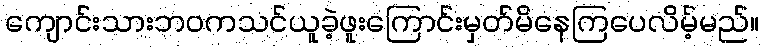
ကျောင်းသားဘဝကသင်ယူခဲ့ဖူးကြောင်းမှတ်မိနေကြပေလိမ့်မည်။